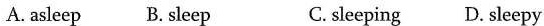
A. asleep B.sleep C. sleeping D. sleepy